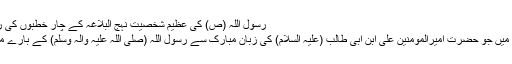
رسول اللہ (ص) کی عظیم شخصیت نہج البلاغہ کے چار خطبوں کی روشنی میں | welayatnet.com
اِس مضمون میں صرف نہج البلاغہ میں جو حضرت امیرالمومنین علی ابن ابی طالب (علیہ السلام) کی زبان مبارک سے رسول اللہ (صلی اللہ علیہ وآلہ وسلم) کے بارے میں بیان ہوا ہے، پیش کیا جارہا ہے۔